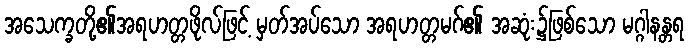
အသေက္ခတို့၏အရဟတ္တဖိုလ်ဖြင့် မှတ်အပ်သော အရဟတ္တမဂ်၏ အဆုံး၌ဖြစ်သော မဂ္ဂါနန္တရ